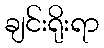
ချင်းရိုးရာ